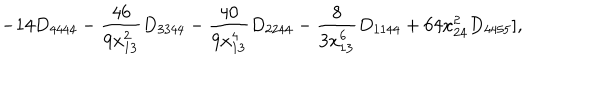
- 1 4 D _ { 4 4 4 4 } - \frac { 4 6 } { 9 x _ { 1 3 } ^ { 2 } } D _ { 3 3 4 4 } - \frac { 4 0 } { 9 x _ { 1 3 } ^ { 4 } } D _ { 2 2 4 4 } - \frac { 8 } { 3 x _ { 1 3 } ^ { 6 } } D _ { 1 1 4 4 } + 6 4 x _ { 2 4 } ^ { 2 } D _ { 4 4 5 5 } ] ,